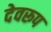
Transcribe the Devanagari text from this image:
देवरूप